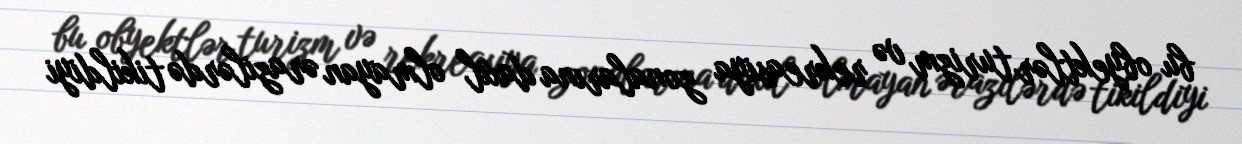
bu obyektlər turizm və rekreasiya zonalarına daxil olmayan ərazilərdə tikildiyi